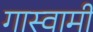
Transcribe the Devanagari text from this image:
गास्वामी